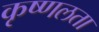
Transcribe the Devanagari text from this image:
कृष्णलता